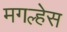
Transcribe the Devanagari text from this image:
मगल्हेस